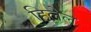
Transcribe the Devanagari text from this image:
हिलेल